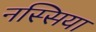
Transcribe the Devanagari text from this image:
नस्सिया